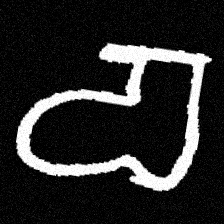
Pyu character \u2014 Myanmar letter: စ (romanized: ca)